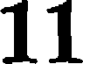
11